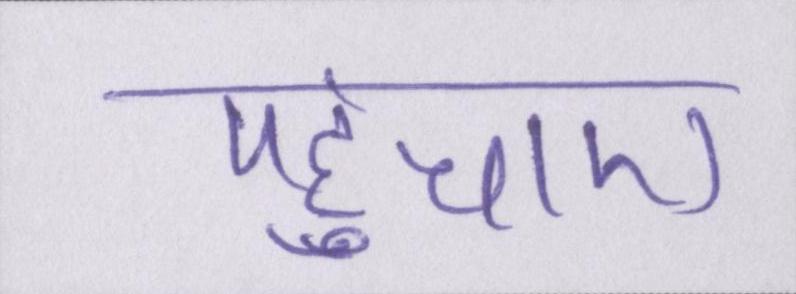
पहुंचाए